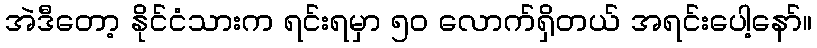
အဲဒီတော့ နိုင်ငံသားက ရင်းရမှာ ၅၀ လောက်ရှိတယ် အရင်းပေါ့နော်။